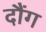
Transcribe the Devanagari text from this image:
दौंग